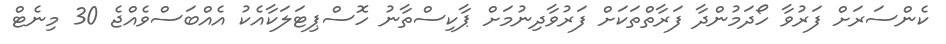
ކެންސަރަށް ފަރުވާ ހޯދަމުންދާ ފަރާތްތަކަށް ފަރުވާދިނުމަށް ޕާކިސްތާނު ހޮސްޕިޓަލަކާއެކު އެއްބަސްވެއްޖެ 30 މިނެޓް